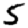
Digit: 5